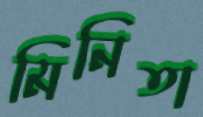
মিনিতা